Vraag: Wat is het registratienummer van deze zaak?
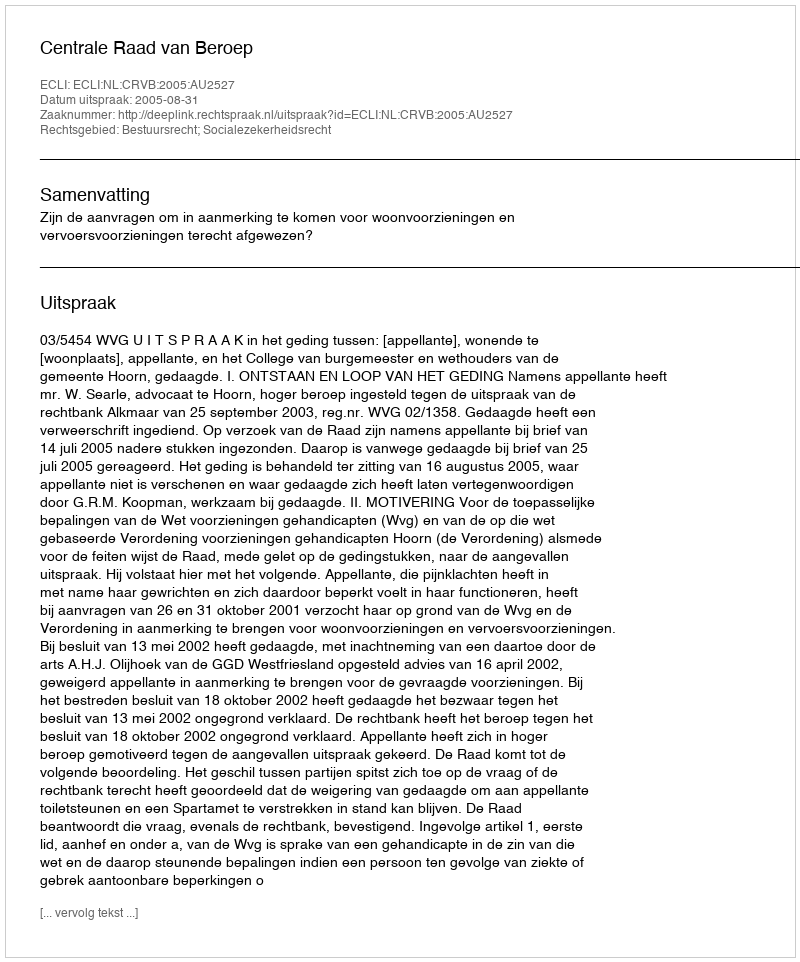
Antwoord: http://deeplink.rechtspraak.nl/uitspraak?id=ECLI:NL:CRVB:2005:AU2527